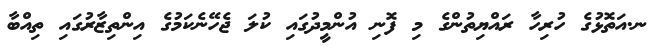
ނ.އަތޮޅުގެ ހުރިހާ ރައްޔިތުންގެ މި ފޮނި އުންމީދުގައި ކުލަ ޖެހޭނެކަމުގެ އިންތިޒާރުގައި ތިއްބާ